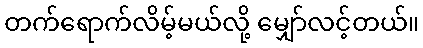
တက်ရောက်လိမ့်မယ်လို့ မျှော်လင့်တယ်။